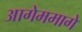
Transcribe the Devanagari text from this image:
आगेममागे